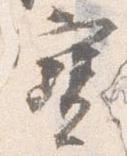
宝